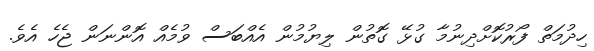
ހިދުމަތް ފޯރުކޮށްދިނުމާ ގުޅޭ ގޮތުން ލިޔުމުން އެއްބަސް ވުމެއް އޮންނަން ޖެހެ އެވެ.